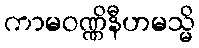
ကာမဝဏ္ဏိနီဟမသ္မိ